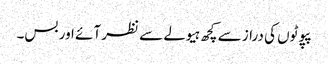
پپوٹوں کی دراز سے کچھ ہیولے سے نظر آئے اور بس۔